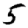
Digit: 5